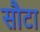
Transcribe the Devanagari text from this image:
सौटा